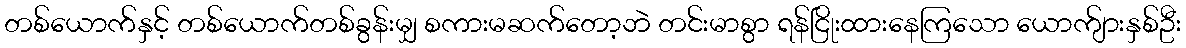
တစ်ယောက်နှင့် တစ်ယောက်တစ်ခွန်းမျှ စကားမဆက်တော့ဘဲ တင်းမာစွာ ရန်ငြိုးထားနေကြသော ယောက်ျားနှစ်ဦး